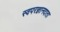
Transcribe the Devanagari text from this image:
स्वपरज्ञानदाता